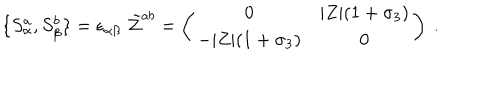
\{ S _ { \alpha } ^ { a } , S _ { \beta } ^ { b } \} = \epsilon _ { \alpha \beta } \; \tilde { \cal Z } ^ { a b } = \left( \begin{matrix} { { 0 } } & { { | Z | ( 1 + \sigma _ { 3 } ) } } \\ { { - | Z | ( 1 + \sigma _ { 3 } ) } } & { { 0 } } \\ \end{matrix} \right) \ .